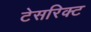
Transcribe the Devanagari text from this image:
टेसरिक्ट